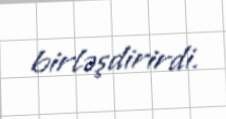
birləşdirirdi.